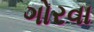
ગોરવા